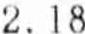
2.18